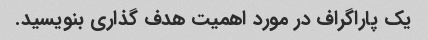
یک پاراگراف در مورد اهمیت هدف گذاری بنویسید.